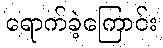
ရောက်ခဲ့ကြောင်း